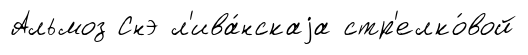
Альмоз Снэ л'ива́нскаjа стр'елко́вой